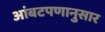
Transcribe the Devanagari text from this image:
आंबटपणानुसार